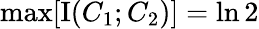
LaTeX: \operatorname*{max}[\operatorname{I}(C_{1};C_{2})]=\ln 2